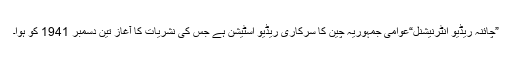
”چائنہ ریڈیو انٹرنیشنل“عوامی جمہوریہ چین کا سرکاری ریڈیو اسٹیشن ہے جس کی نشریات کا آغاز تین دسمبر 1941 کو ہوا۔